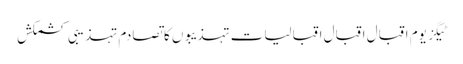
ٹیگز یوم اقبال اقبال اقبالیات تہذیبوں کا تصادم تہذیبی کشمکش